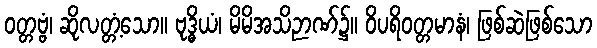
ဝတ္တဗ္ဗံ၊ ဆိုလတ္တံ့သော။ ဗုဒ္ဓိယံ၊ မိမိအသိဉာဏ်၌။ ဝိပရိဝတ္တမာနံ၊ ဖြစ်ဆဲဖြစ်သော